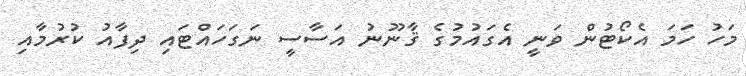
މަހު ހަމަ އެކޯޓުން ވަނީ އެގައުމުގެ ޤާނޫނު އަސާސީ ނަގަހައްޓައި ދިފާއު ކުރުމާއި